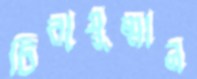
চিরায়ুষ্মান